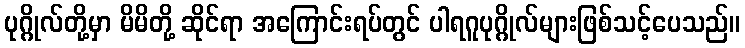
ပုဂ္ဂိုလ်တို့မှာ မိမိတို့ ဆိုင်ရာ အကြောင်းရပ်တွင် ပါရဂူပုဂ္ဂိုလ်များဖြစ်သင့်ပေသည်။